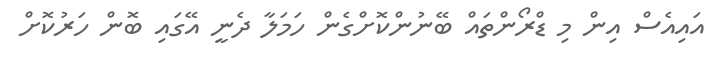
އައިއެސް އިން މި ޑްރޯންތައް ބޭނުންކޮށްގެން ހަމަލާ ދެނީ އޭގައި ބޮން ހަރުކޮށް